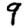
Digit: 9